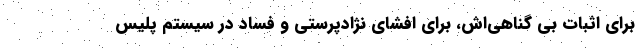
برای اثبات بی گناهی‌اش، برای افشای نژادپرستی و فساد در سیستم پلیس